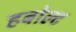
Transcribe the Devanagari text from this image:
हबोल्ट